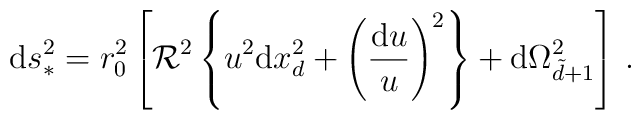
{\rm d}s_{*}^2 = r_0^2 \left[ \mathcal{R}^2 \left\{ u^2 {\rm d}x^2_{d} + \left({{\rm d}u \over u}\right)^2 \right\} + {\rm d}\Omega_{\tilde d + 1}^2 \right]\, .